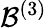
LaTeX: \mathcal{B}^{(3)}